Bréfritari: Klemens Björnsson
Viðtakandi: Jón Borgfirðings Jónsson
Dagsetning: A-1857-01-10
Skrifað á: Ferstiklu  Borg.

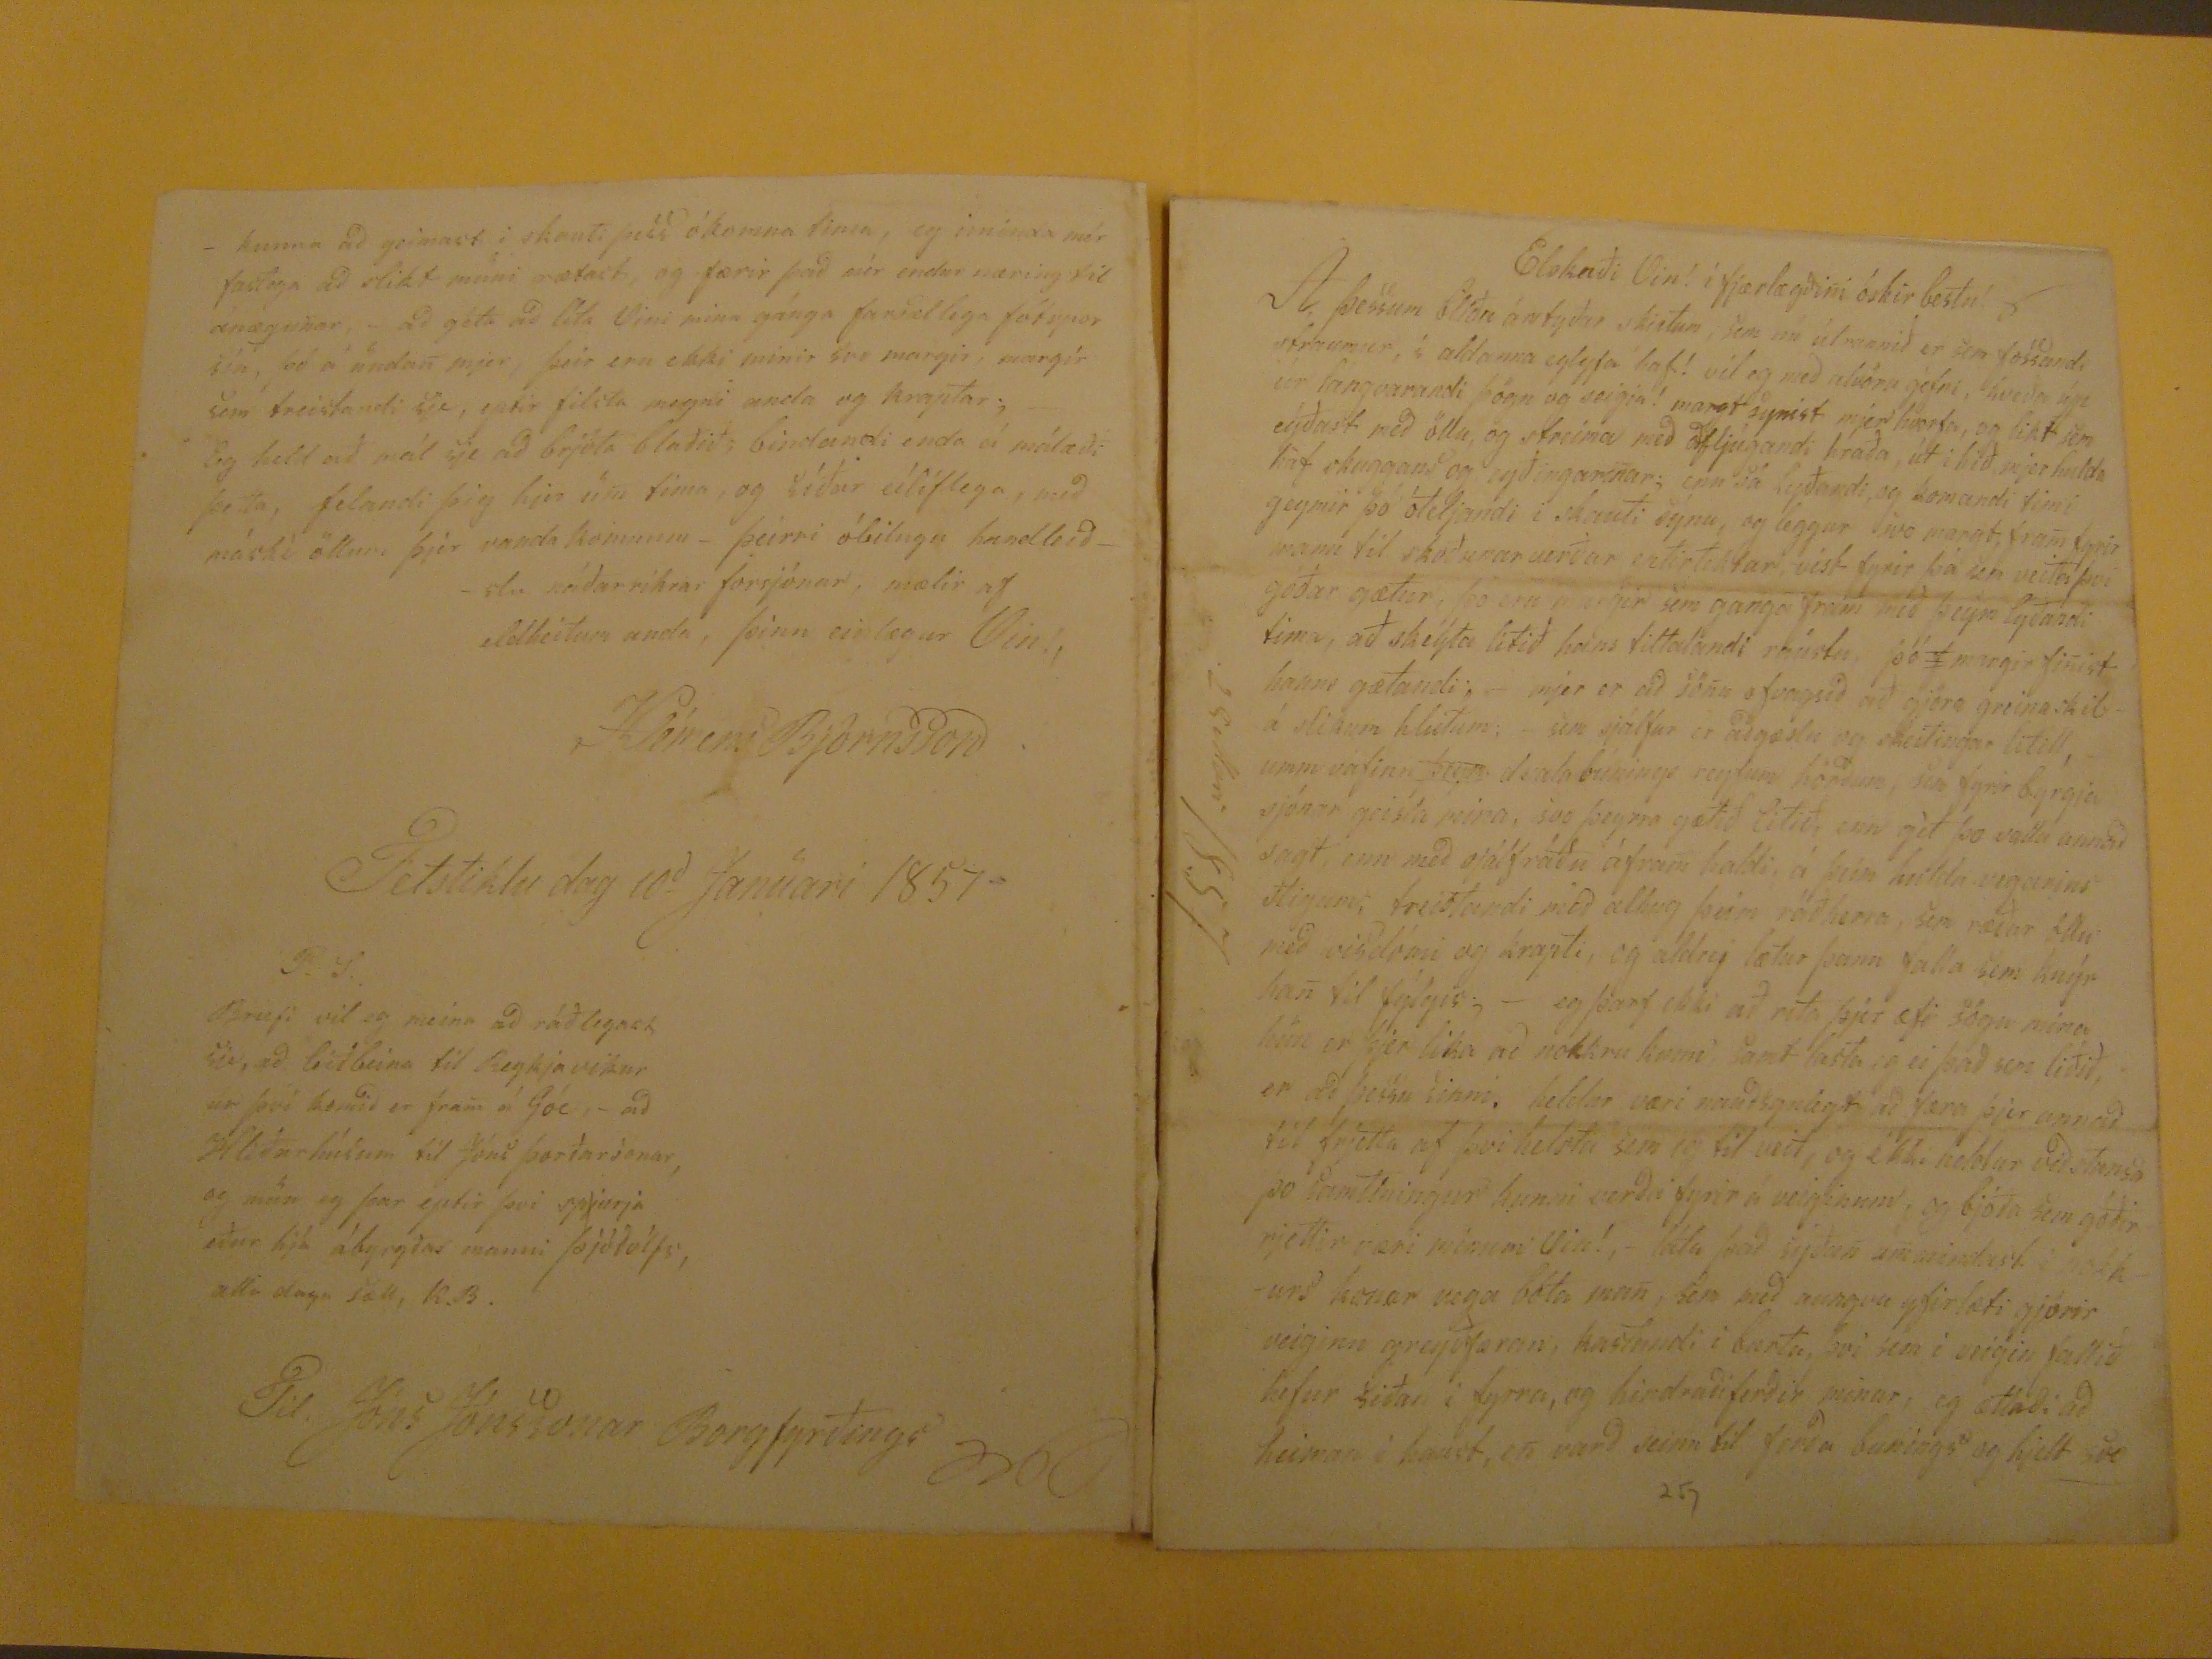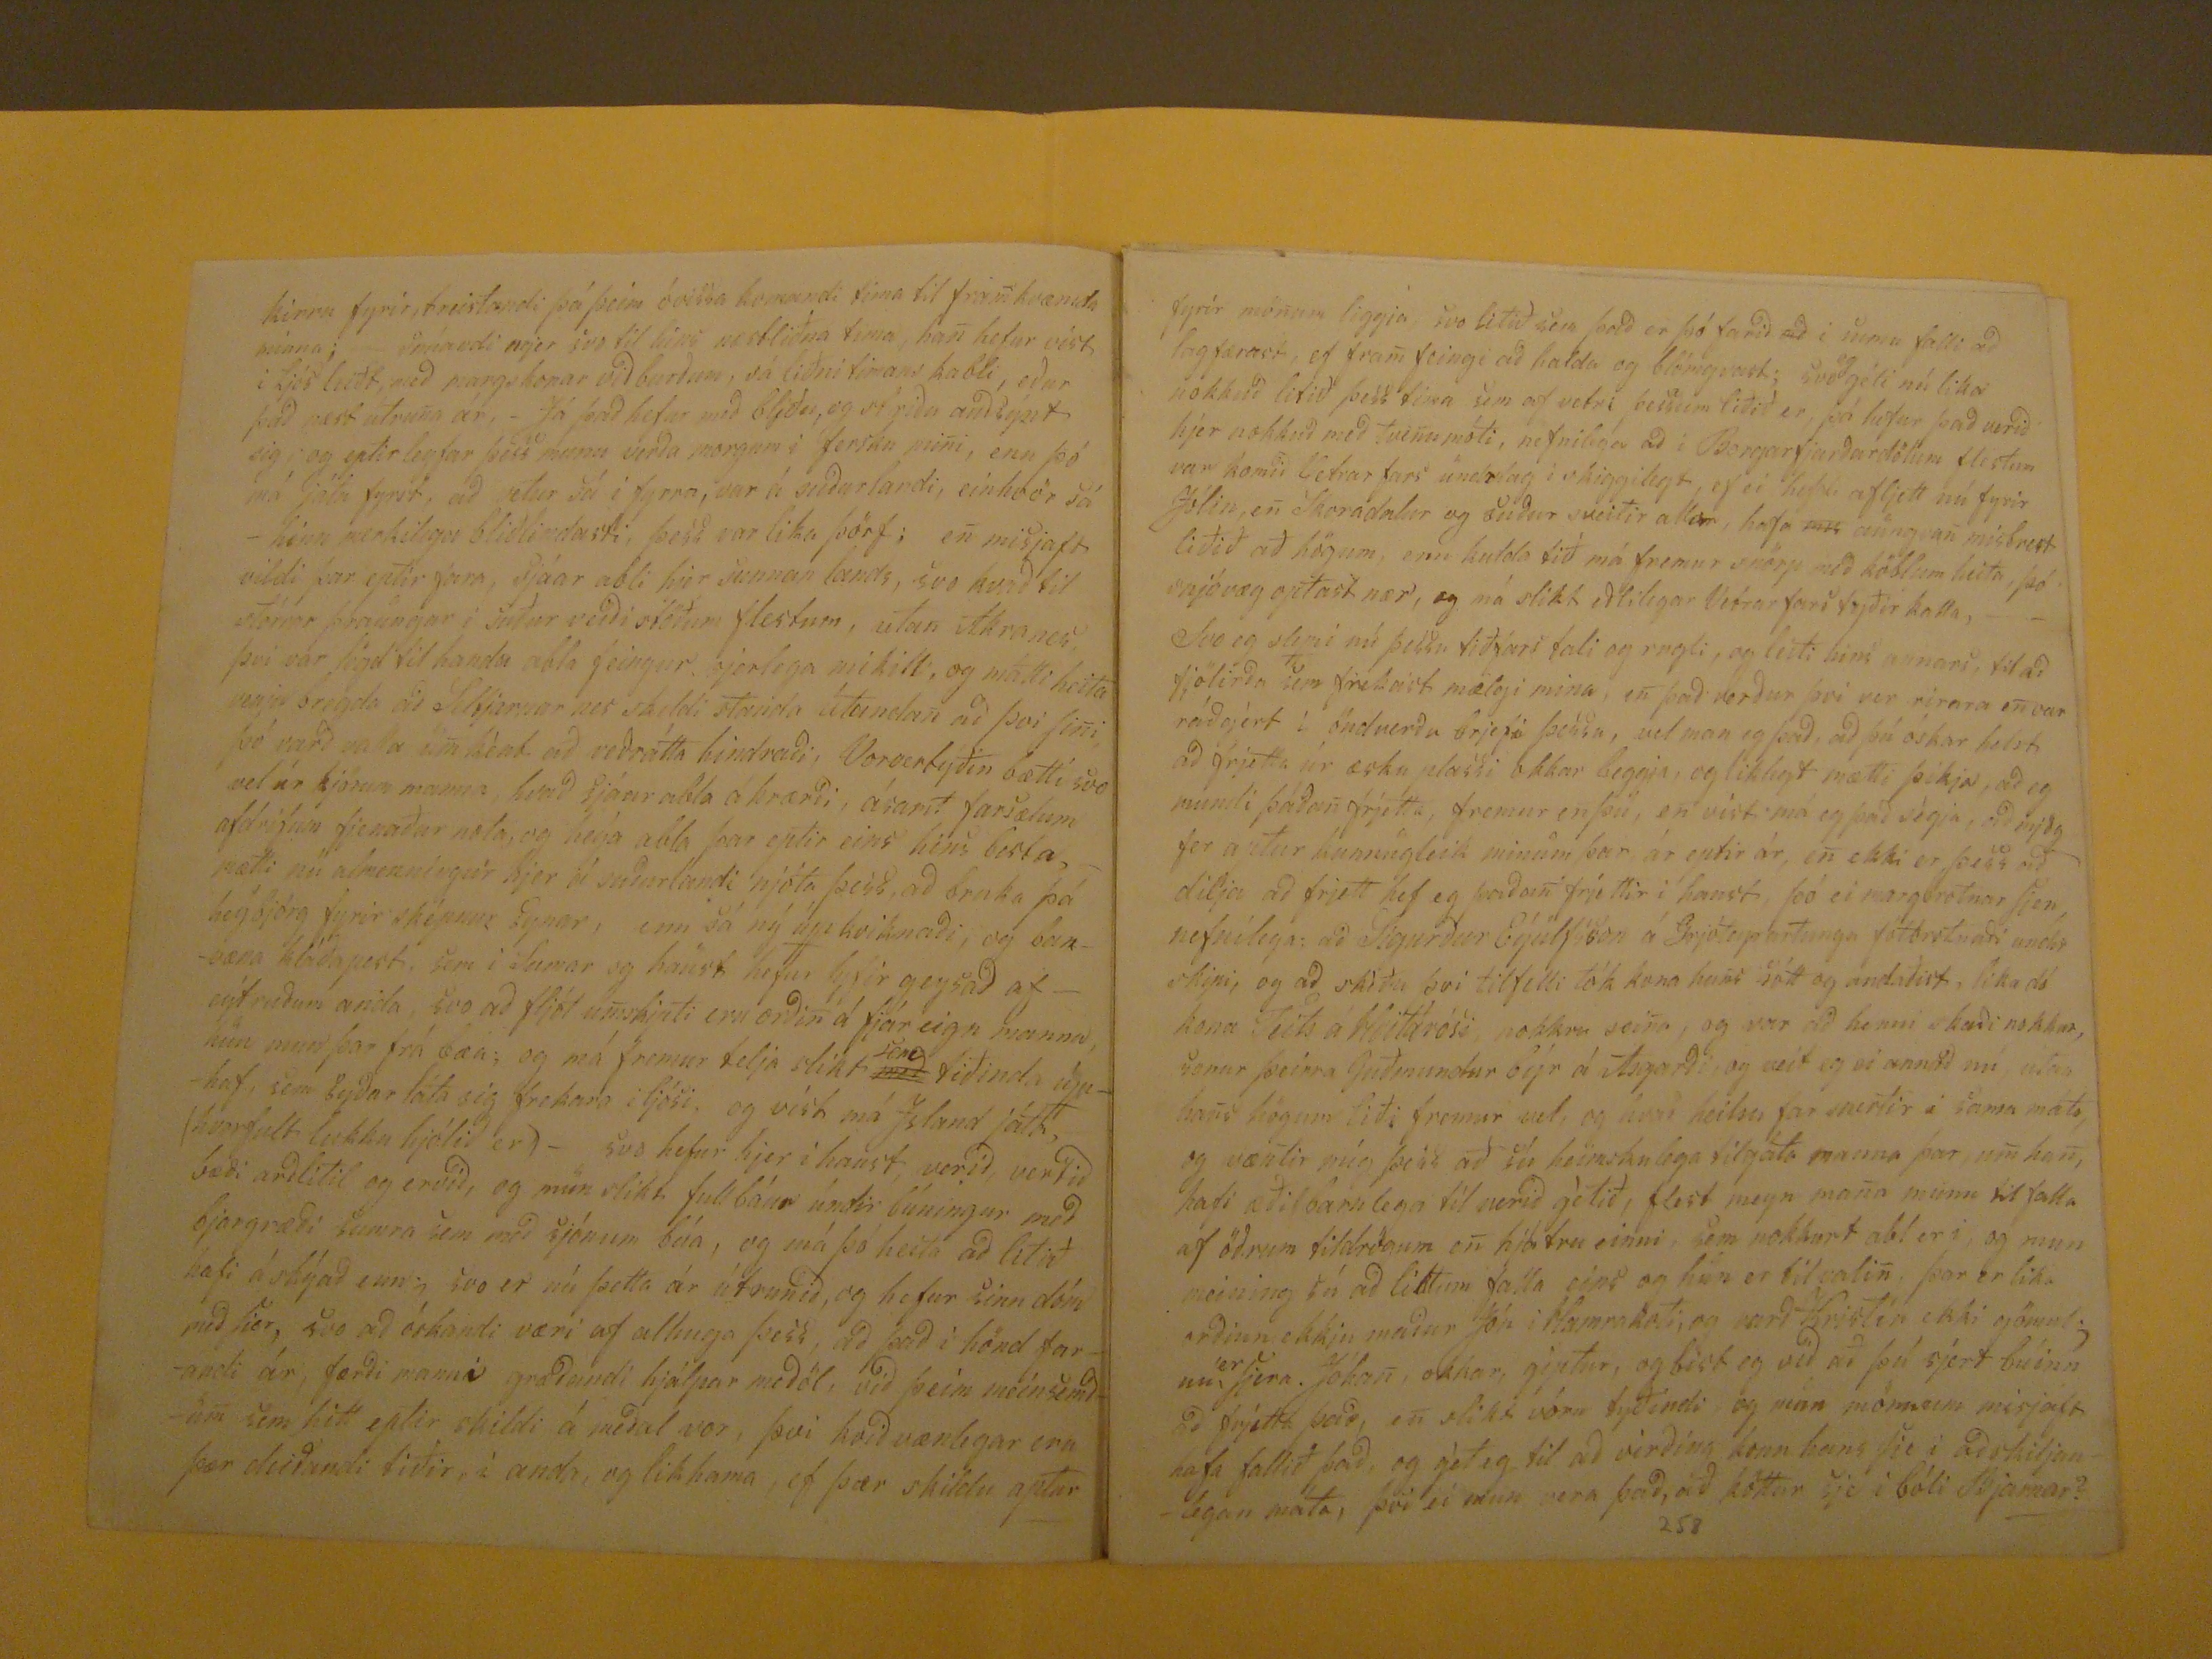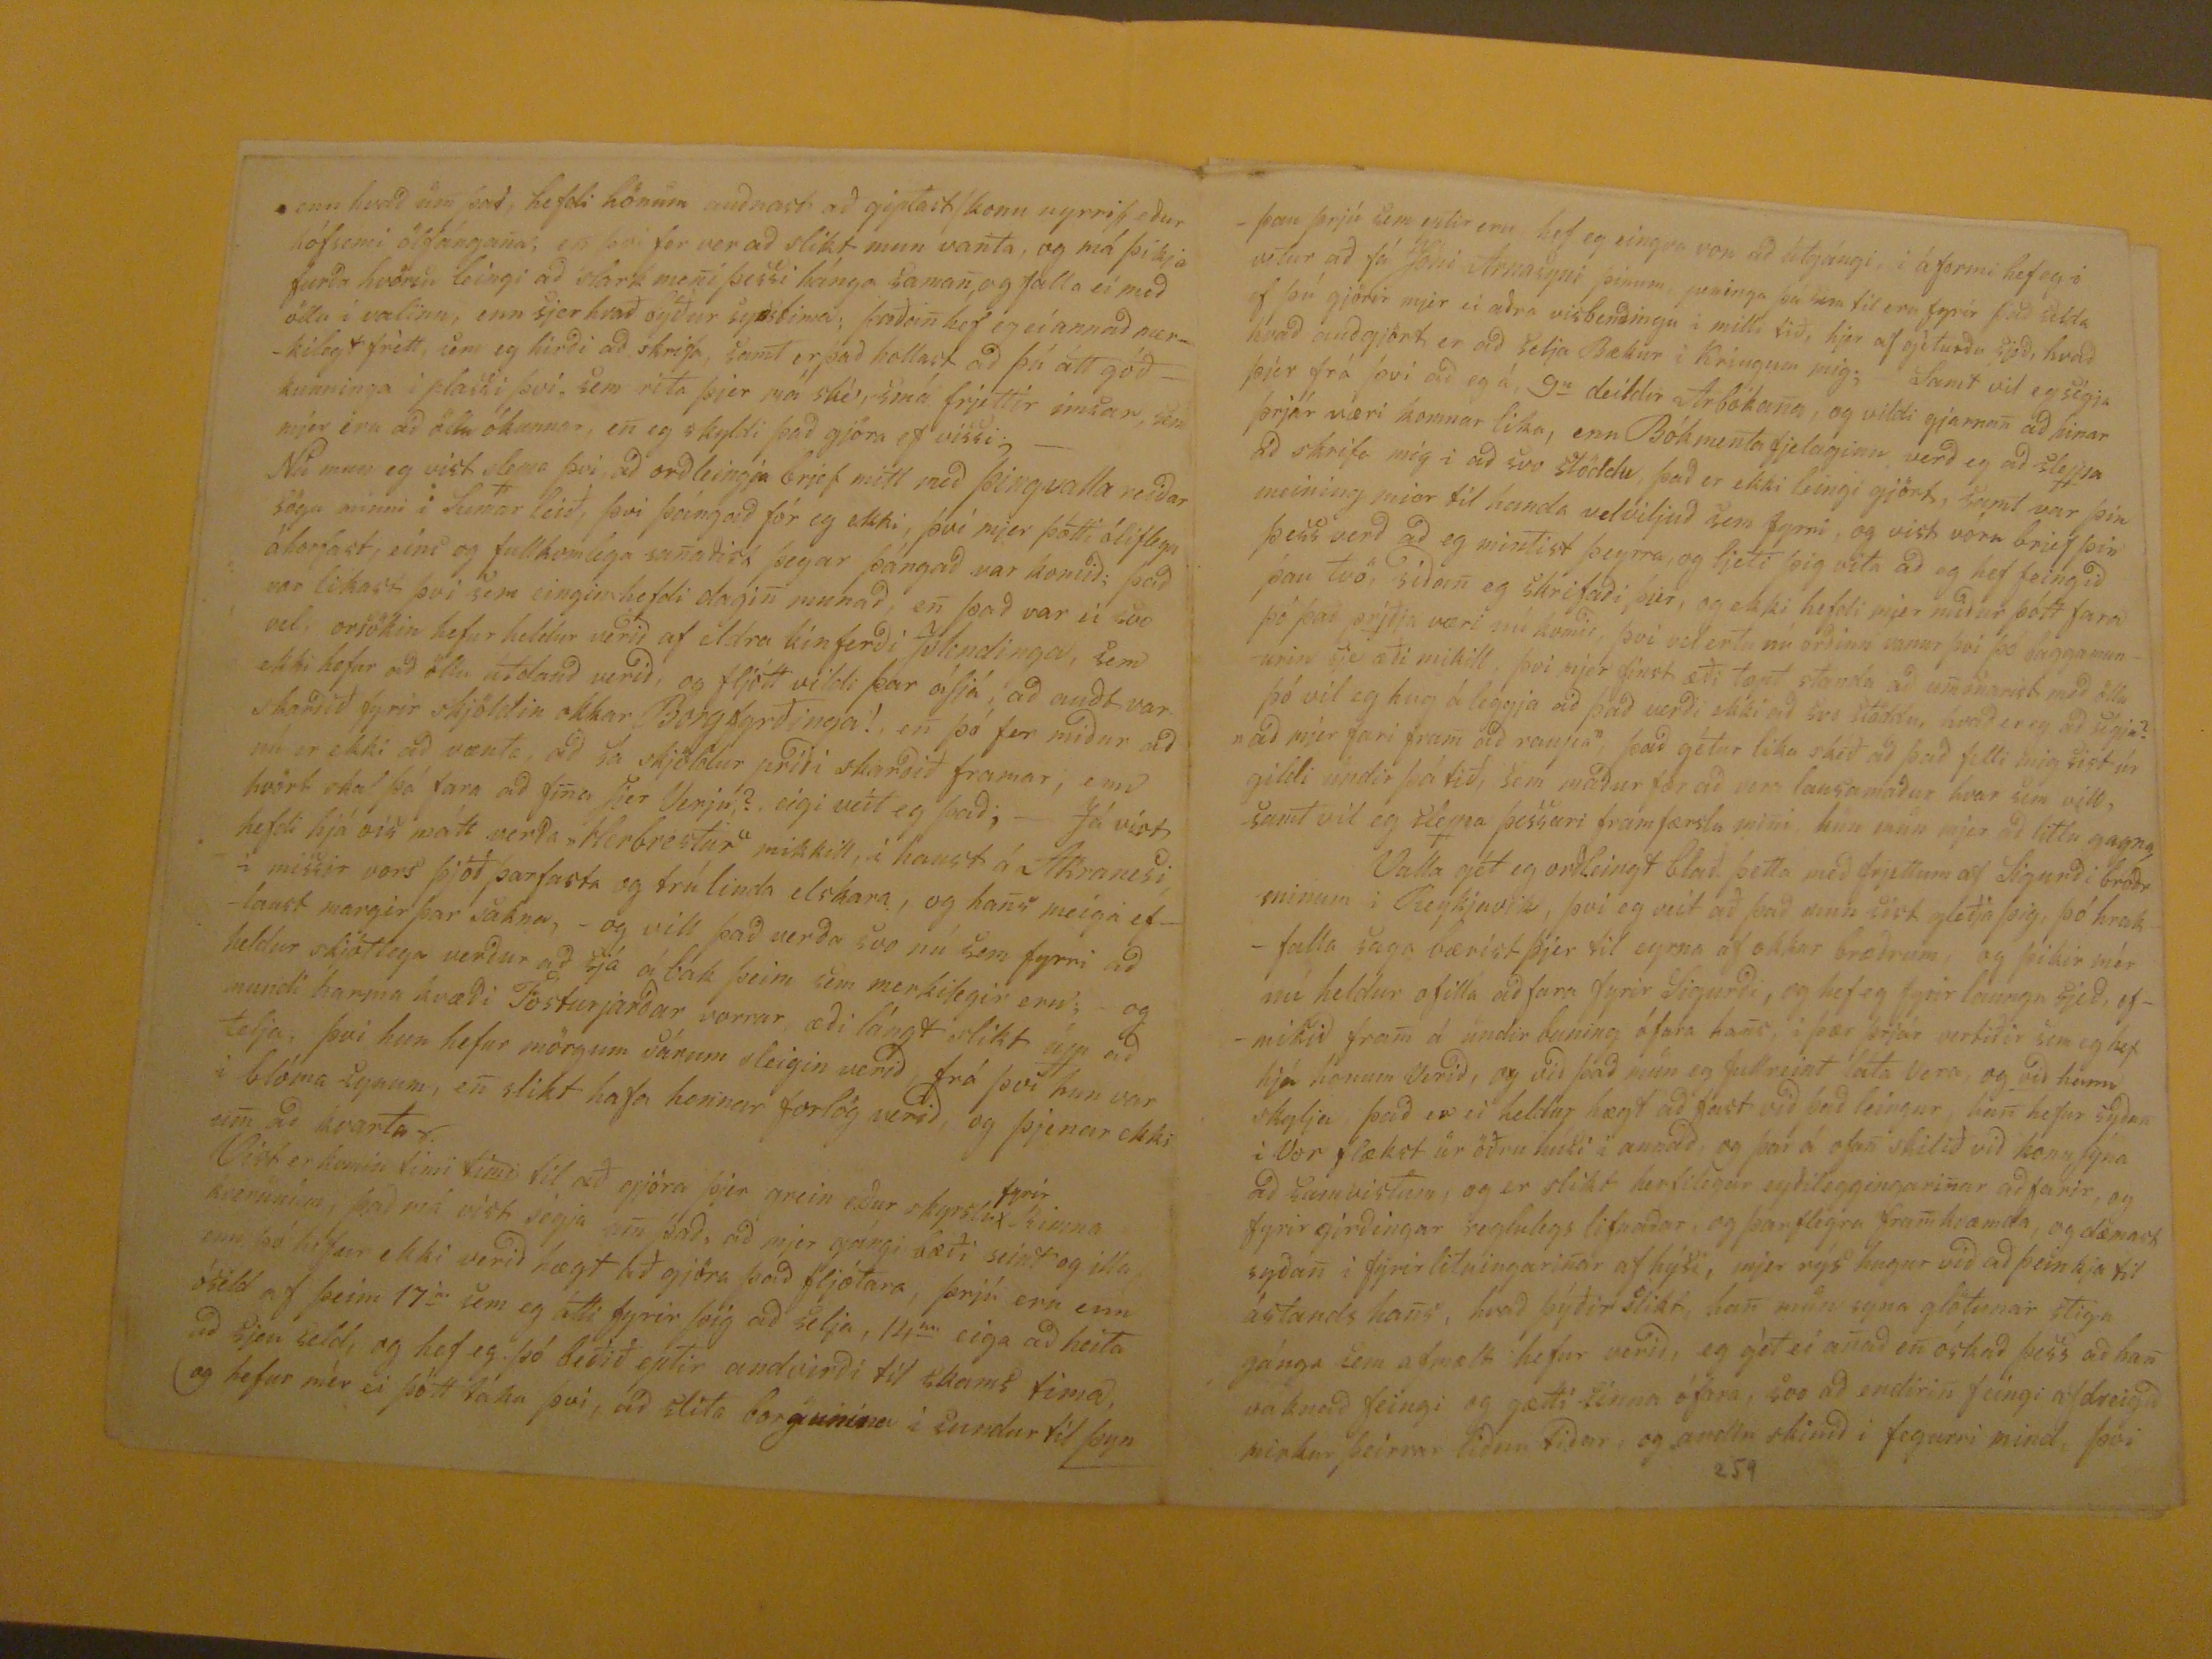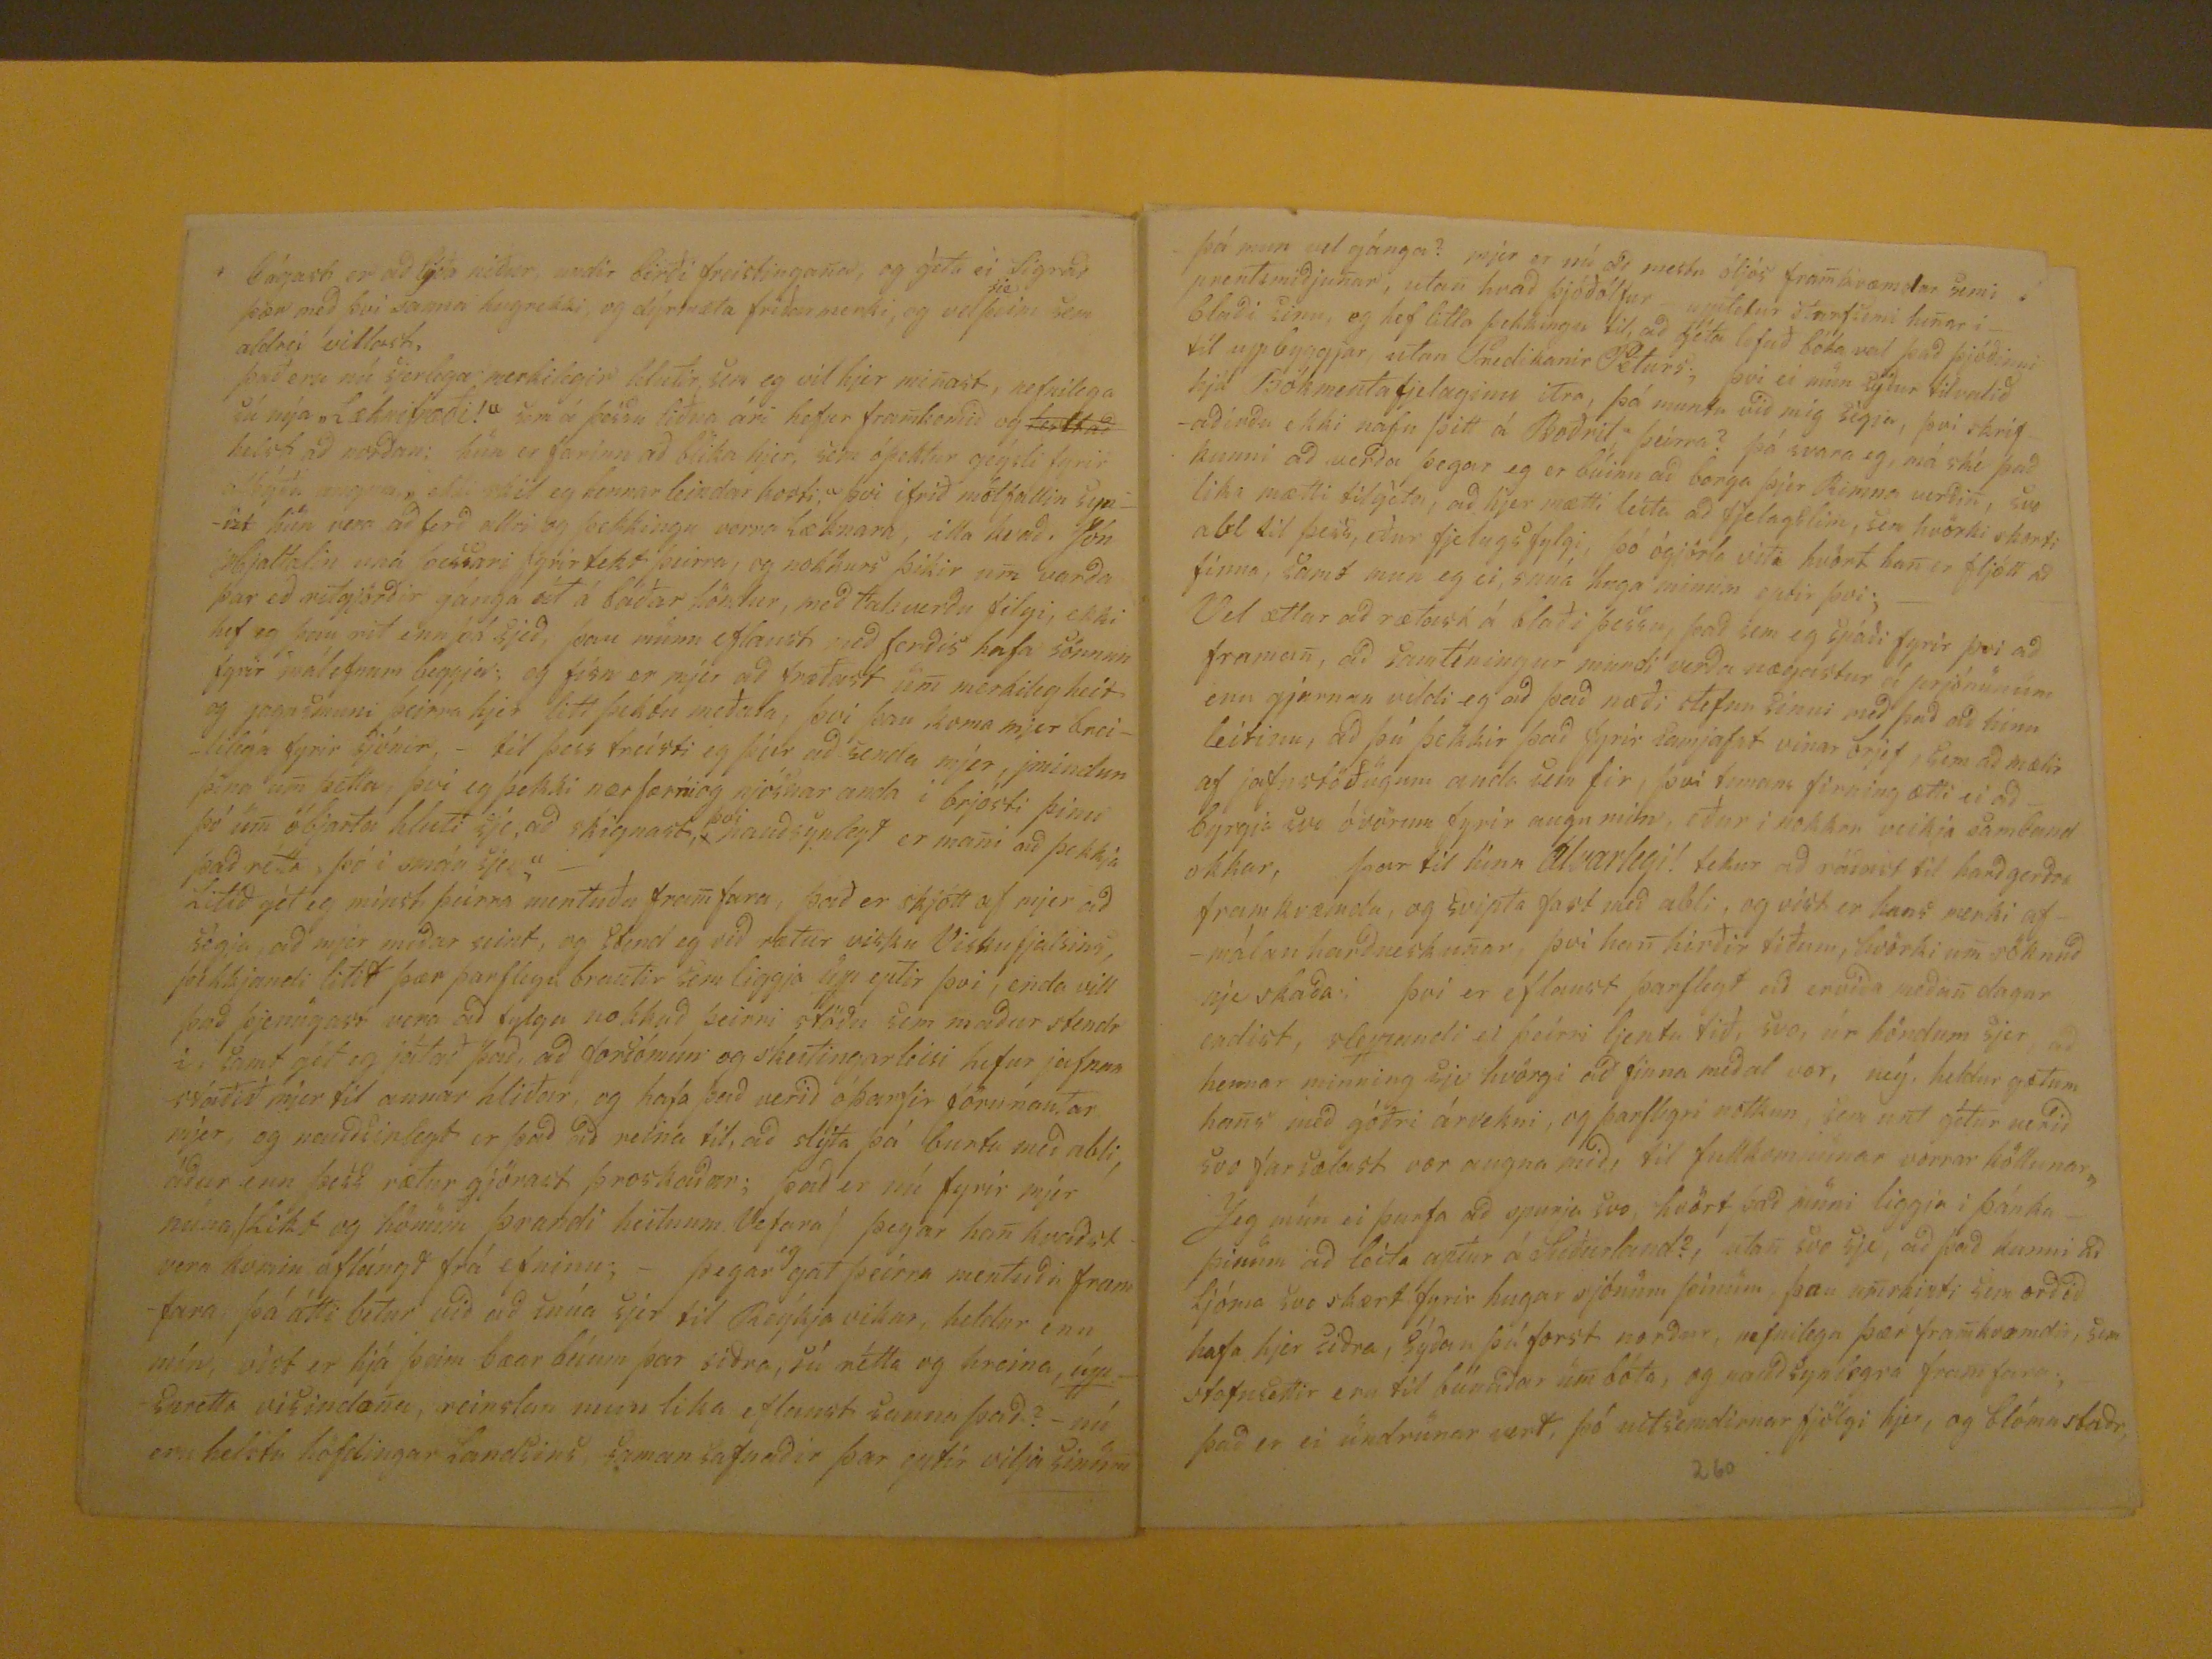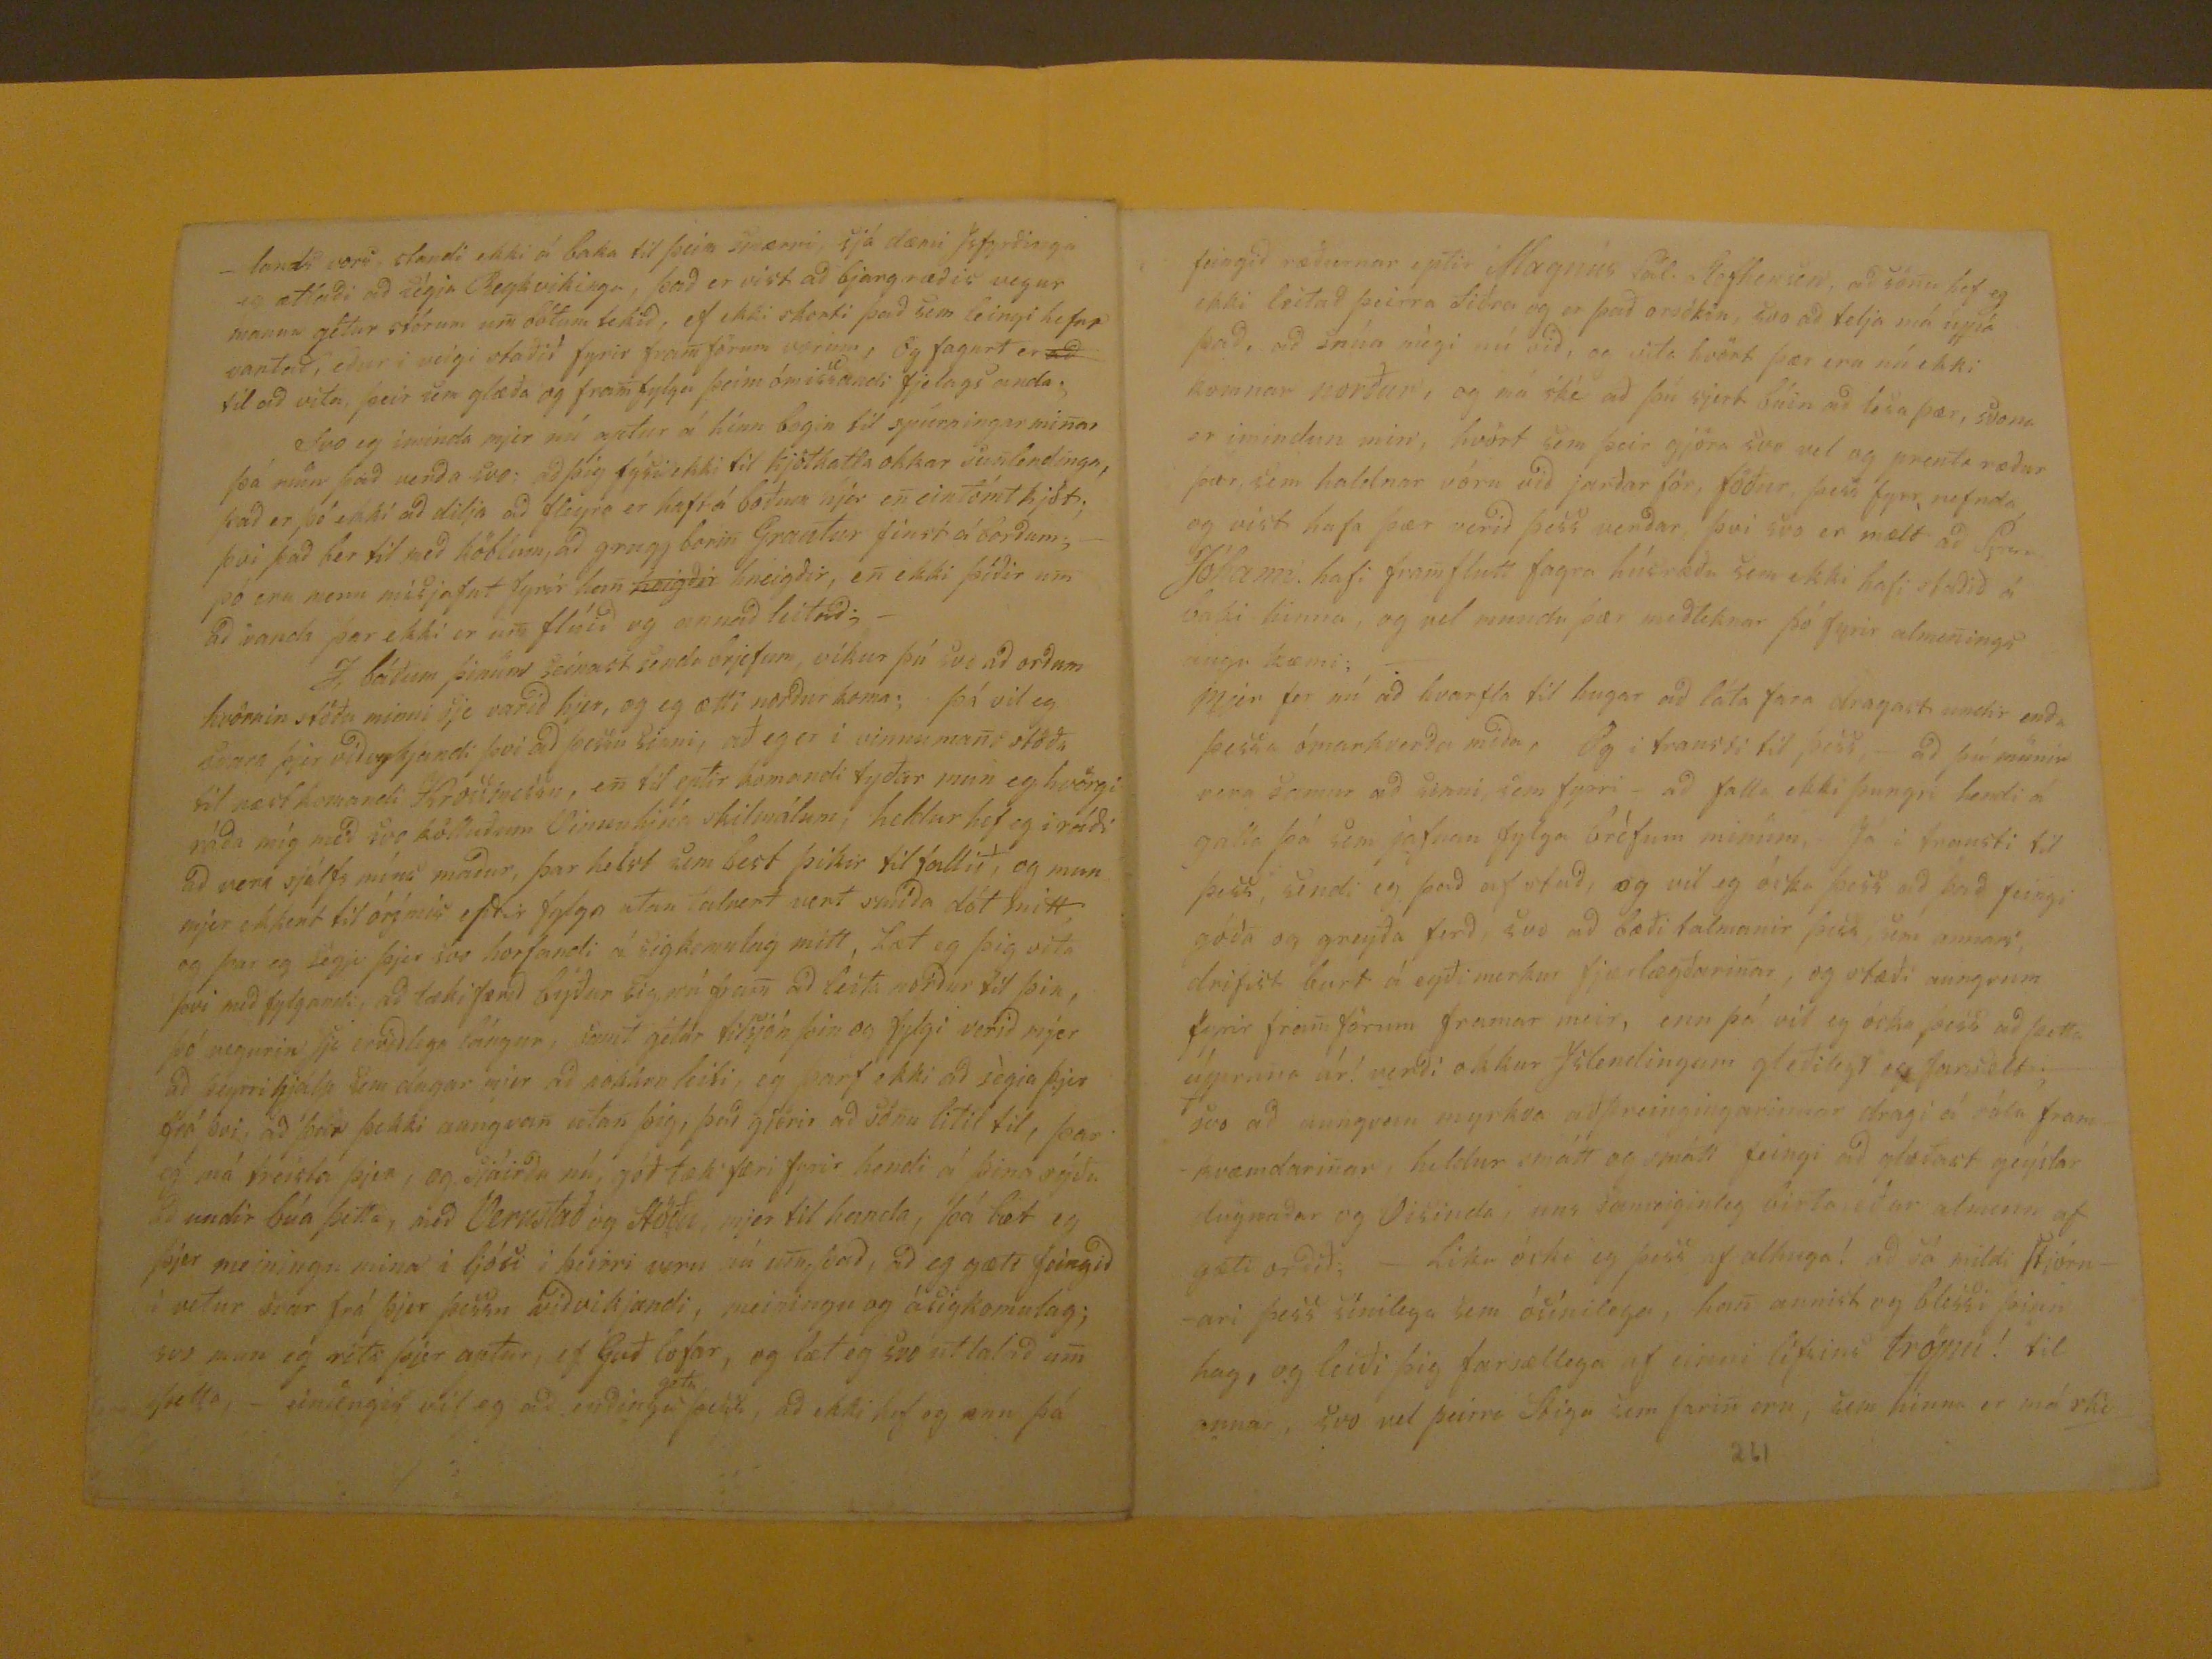

Elskaði Vin! í fjærlægðini óskir bestu!
Á þessum blíðu ártyðar skiptum, sem nú útrunnið er sem fossandi straumur, í aldanna eylyfa haf! vil eg með alvöru gefni, hveða upp úr langvarandi þögn og seigir! margt synist mjer hvorfa, og likt sem eýðast með öllu, og streima með
ofljúgandi
hraða, út i hið mjer hulda haf skuggans og eyðingarinar; enn sá lyðandi, og komandi timi geymir þó geymir þó óteljandi i skauti sýnu, og leggur svo margt, fram fyrir mann til skoðunar verðar eptirtektar, víst fyrir þá sem veita þvi góðar gætur, þó eru margir sem ganga fram með þeym lyðandi tima, að skeýta litið hans tittalandi raustu, þó
f
margir finist hanns gætandi;- mjer er að sönu ofvagsið að gjöra greinaskil á slikum hlutum; sem sjálfur er aðgæslu og skeitingar litill, umm vafinn
þeym
dvalabúnings reytum hönðum, sem fyrir byrgja sjónar geisla mina, svo þeyrra gætið litið, enn gét þo valla annað sagt, enn með sjálfráðu áfram haldi, á þeim hulda vegarins stigum, treistandi með alhug þeim ráðherra, sem ræður öllu með visdómi og krapti, og aldrej lætur þann falla sem knýr han til fylgis;- eg þarf ekki að rita þjer æfi sögu mina hún er þjer lika að nokkru
kumi
, samt lasta eg ei það sem liðið, er að þessu sinni. heldur væri nauðsynlegt að færa þjer annað til frjetta af þvi helstu sem eg til veit, og ekki heldur við stansa þó samtíningur kunni verða fyrir á veiginum og bjóða sem góðir rjettir væri minum Vin!,- láta það sýðan ummindast i nokkurs konar vega bóta man, sem með aungvu yfirlæti gjörir veiginn greyðfæran, hastandi i burtu, þvi sem i veigin fallið hefur siðan i fyrra, og hindraðiferðir minar, eg ætlaði að heiman i haust, en varð seinn til ferða bunings og hjelt svo
28
Mars
1857
kirru fyrir, treistandi þá þeim óvissa komandi tima til framkvæmda
miana
; snúandi mjer svo til hins næstliðna tima, han hefur víst í ljós leiðt, með margskonar við burðum, sá liðni timans kabli, eður það næst útruna ár, - Já það hefur með bljðu, og striðu auðsýnt sig og eptir leyfar þess munu verða morgum i
forsun
mini, enn þó má játa fyrst, að vetur sá i fyrra, var á suðurlandi, einhvöre sá - hinn merkilega bliðlindasti, þess var lika þörf; en misjaft vildi þar eptir fara, sjáar abli hjer sunnan lands, svo kvað til stórrar þraungar i suður veiði stöðum flestum, utan Akranes, þvi var lögd til handa abla geingur sjerlega mikill, og mátti heita
venju bregda
að Seltjarnarnes skildi standa útundan að þvi sini þó varð valla um ként að veðrátta hindraði, Vorvertyðin bætti svo vel úr kjörum manns, hvað sjáarabla áhrærði, ásamt farsælum afdrifum fjenaðiur næta, og helja abla þar eptir eins hins best,- mætti nú almennlegur hjer á suðurlandi njóta þess, að braka þá heybjörg fyrir skepnur synar, enn sá ný uppkvikvaði, og banvæna kláðapest sem i Sumar og haust hefur yfir geysað af eytruðum anda, svo fljót umskipti eru orðin á fjáreign manna, hun mun þar frá bæa; og má fremur telja slikt
með
sem
tiðinda upp - (hverfult lukku hjólið er)- svo hefur hjer i haust, verið, vertið bæði arðlitil og ervið, og mun slikt fullbána undir búningur með bjargræði sumra sem með sjónum búa, og má þó hesta að litið hafi á skýað enn; svo er nú þetta ár útrunið, og hefur sinn dóm með sier, svo að óskandi væri af alhuga þess, að það i hönd farandi ár, færði manni græðandi hjálpar meðöl, við þeim meinsemðum sem hitt eptir skildi á meðal vor, þvi kviðvænlegar eru þær deiðandi tiðir, í anda, og likhama, ef þær skildu aptur
fyrir mönum liggja, svo litið sem það er þó farið
að
i
nimu
falli að lagfærast, ef fram feingi að halda og blómgvast; svo géti nú lika nokkuð litið þess tima sem af vetri þessum liðiðer, þá hefur það verið hjer nokkuð með tvenu móti, nefnilega að i Borgarfjarðardölum flestum var komið Vetrar fars undilag i skiggilegt, ef ei hefdi afjett nú fyrir Jólin, en Skoradalur og suður sveitir allar, hafa
mu
aungvan misbrest liðið að högum, enn hulda hið má fremur snörp með köblum heita, þó snjóvæg optast nær, og má slikt eðlilegar Vetrarfarstyðir kalla, - - Svo eg sleppi nú þesus tiðfars tali og rugli, og leiti hins annars, til að fjölirða sem frekast mælgi mina, en það verður þvi ver rirara en var ráðgért i öndverðu brjefi þessu, vel man eg það, að þú óskar helst að frjetta úr æsku plássi okkar beggja, og liklegt mætti þikja, að eg mundi þaðan frjetta, fremur enþú, en vist má eg það segja, að mjög fer aptur kunnugleik minum þar, ár eptir ár, en ekki er þess að dilja að frjett hef eg þaðan frjettir i haust, þó ei margbrotnar sjeu, nefnilega: að Sigurður Eýúlfsson á
Grjótapartungu
fótbrotnaði undir skipi, og að skéðu þvi tilfelli tók kona hans sótt og andaðist, lika dó kona Teits á Heitarósi, nokkru seina, og var að henni skaði nokkur, sonur þeirra Guðmundur býr á Ásgarði og veit eg ei annað nú, utan
haris
högum liðið fremur vel, og
hvað
heilsu far snertir á sama máta, og væntir nú þess að sú heimskulega tilgáta manna þar, um han, hafi æði barnlega til verið gétið, flest megn mana munu til falla af öðrum tildrögum en hjátru einni, sem nokkurt abl eri, og mun meining sú að littum falla eins og hun er til valin, þar er lika orðinn ekkju maður Jón i Hamrakoti, og varð Kristin ekki gömul; nu
er
sjera. Jóhan, okkar, giptur, og bist eg við að þú sjert búinn að frjetta það, en slikt vóru tyðindi og mun mönnum misjaft hafa fallið það, og gét eg til að virðing konu hans sje i aðskiljanlegan máta, þvi ei mun vera það, að köttur sje i bóli Bjarnar?
enn hvað um það, hefdi hönum auðnast að giptast /konu nyrri/ eður hófsemi ölfángana, en þvi fer ver að slikt mun vanta, og má þikja furða
hvörsu
leingi að stark meni þessi hánga saman, og falla ein með öllu i valinn, enn sjer kvað býður
sy?sbima
; þaðan hef eg ei annað merkilegt frétt, sem eg hirði að skrifa, samt er það hollast að þú átt góðkunninga i plassi þvi, sem rita þjer má ské, smá frjettir smaar, sem mjer eru að öllu ókunnar, en eg skyldi það gjöra ef visis;- Nú mun eg vist sleppa þvi, að orðleingja brjef mitt með Þingvalla reiðar sögu minni i Sumar leið, þvi þángað fór eg ekki, því mjer þótti óliflega áhorfast, eins og fullkomlega sanaðist þegar þángað var komið; það var likast þvi sem eingin hefdi dagin munað, en það var ei svo vel, orsökin hefur heldur verið af eldra kinferði Islendinga, sem ekki hefur að öllu útdauð verið, og fljótt vildi þar ásjá, að auðt var skarðið fyrir skjöldin okkar Borgfyrðinga! en þó fer miður að nú er ekki að vænta, að sá skjöldur príði skarðið framar, enn hvört skal þá fara að fina sjer Verju? eigi veit eg það; - Já víst hefdi hjá oss mátt verða "Horbrestur" mikkill, í haust á Akranesi, i missir vors þjóð þarfasta og trúlinda elskara, og hans meiga eflaust margir þar sakna, -og vill það verða svo nú sem fyrri að heldur skjótlega verður að sjá á bák þeim sem merkilegir eru; og mundi harma kvæði Fósturjarðar vorrar æði lángt slikt upp að telja, þvi hun hefur mörgum sárum sleigin verið , frá þvi hun var i blóma synum, en slikt hafa hennar forlög verið, og þjenar ekki um að kvarta. Vist er komin timi
timi
til að gjöra þjer grein eður skyrslu
fyrir
Rimna kverunum, það má vist segja um það, að mjer gángi bæði seint og illa enn þó hefur ekki verið hægt að gjöra það fljótara, þrjú eru enn óseld af þeim 17
a
sem eg átti fyrir þig að selja, 14
un
eiga að heita að sjeu seld, og hef eg þó beðið eptir andviðri til skams tima, og hefur mér ei þótt taka þvi, að slita borgunina i sundur til þyn
-þau þrjú sem eptir eru hef eg eingva von að útgángi, i áformi hef eg i vetur að fá Jóni Arnasyni þinum, peninga þúá sem til eru fyrir það selda ef þú gjörir mjer ei aðra visbenðingu i milli tið, hjer af géturðu sjeð, hvað kvað auðgjört er að selja Bækur i Kringum mig; Samt vil eg segja þjer frá þvi að eg á, 9
u
deildir Arbókana, og vildi gjarnan að hinar þrjár væri komnar lika, enn Bókmentafjelaginu verð eg að sleppa meining
mjor
til handa velviljuð sem fyrri, og vist vóru brjef þin þess verð að eg mintist þeyrra, og ljeti þig vita að eg hef feingið þau tvö, siðan eg skrifaði þjer, og ekki hefdi mjer miður þótt fara þó það þriðja væri nú komið, þvi vel ertu nú orðinn vanur þvi þó baggamunurin sje æði mikill, þvi mjer finst æði tæpt standa að
umsnarist
með öllu þó vil eg hug á leggja að það verði ekki að svo stöddu, hvað er eg að segja? " að mjer fari fram að raupa", það gétur lika skeð að það felli mig sist úr gildi undir þá tið, sem maður fær að vera lausamaður hvar sem vill, samt vil eg sleppa þessari framfærslu mini, hún mun mjer að litlu gagna, Valla gét eg orðleingt blað þetta með frjettum af Sigurði broðr minum i REykjavik, þvi eg veit að það mun sist gleðja þig, þó hrakfalla saga bærist þjer til eyrna af okkar bræðrum, og þikir mér nú heldur ofilla að fara fyrir Sigurði, og hef eg fyrir laungu sjeð, ofmikið fram á undir buning áfara hans, i þær þrjár vertiðir sem eg hef hjá honum Verið, og við það mun eg fullreint láta vera, og við hann skylja það er ei heldur hægt að fast við það elingur han hefur syðan i Vor flækst úr öðru husi i annað, og þar á ofan skilið við konu syna að samvistum, og er slikt herfilegur eyðileggingarinar aðfarir, og fyrir girðingar reglulegs lifnaðar, og þarflegra framkvæmda, og dæmast syðan i fyrirlitningarinar af hýsi, mjer rýs hugur við að þeinkja til ástands hans, hvað þýðir slikt, han mun syna glötunar stiga gánga sem afmælt hefur verið, eg gét ei anað en óskað þess að han vaknað feingi og gætti sinna ófara, svo að endirin feingi afdreigið mirkur þeirrar liðnu tiðar, og andin skinið i fegurri mind, þvi
bágast er að lýða niður, undir birði freistingana, og géta ei Sigrað þær með þvi sanna hugrekki, og dýrmæta friðarmerki, og vel
sie
þeim sem aldrei villast. það eru nú sjerlega merkilegir hlutir sem eg vil hjer minast, nefnilega sú nýa "Læknisfræði"! sem á þessu liðna ári hefur framkomið og
hesltað
helst að norðan; hún er farinn að blika hjer, sem óþektur geýsli fyrir alþýðu
angna
, ekki skil eg hennar leindar kosti, þvi ifrið mótfallin synist hún var að ferð allri go þekkingu verra Læknara, illa kvað, Jón Hjaltalin
una
þessari fyrirtekt þeirra, og nokkurs þikir um varða þar eð ritgjörðir gánga út á báðar höndur, með talsverðu filgi, ekki hef eg þeau rit enn þá sjeð, þau munu eflaust með ferðis hafa sönnun fyrir málefnum beggja; og físn er mjer að fræðast um merkileg heit og gagnsmuni þeirra hjer litt þektu meðala, þvi þau koma mjer breotilega fyrir sjónir, - til þess treisti eg þjer að senda mjer, jmindun þina um þetta, þvi eg þekki nær færniog njósnar anda i brjósti þinu þó um óbjarta hluti sje, að skignast,
þvi
nauðsynlegt er mani að þekkja það rétta, þó i smáu sje," - Litið gét eg mínst þeirra mentuðu framfara, það er skjótt af mjer að segja, að mjer meðar seint, og stend eg við rætur visku Viskufjalsins, þekkjandi litið þær þarflega brautir sem liggja upp eptir þvi, enda vill það þjenugast vera að fylga nokkuð seinni stöðu sem maður stendr i, samt gét eg játað það, að foriómur og skeitingarleisi hefur jafnan staðið mjer til annar hliðar, og hafa þeð verið óþarfir förunautar mjer, og nauðsinlegt er það að meina til, að slyta þá burtu með abli, áður enn þess rætur gjörast þroskaðar; það er nú fyrir mjer núna slikt og hönum þrandi heitnum Vefara/ þegar han kvaðst vera komin áflangð frá efninu;- þegar
eg
gat þeirra mentuði framfara þá átti betur við að snúa sjer til Reýkjavíkur, heur enn mín, víst er hjá þeim bæarbúum þar siðra, sú rétta og hreina, uppspretta visindana, reinslan mun lika eflaust sanna það? -nú eru helstu hofdingar landsins saman safnaðir þar eptir vilja sinum
þá mun vel gánga? mjer er nú að mestu óljós framkvæmdar semi prentsmiðjunar, utan hvað þjóðólfur umtelur starfsemi henar i blaði sinu, eg hef litla þekkingu til, að géta lofað bóka val það þjóðinni til uppbyggjar utan Predikanir Peturs; þvi ei mun sýður til valið hjá Bókmentafjelaginu itra, þó muntu við mig sigja, þvi skrifaðirðu ekki nafn þitt á Boðrit þeirra? þó svara eg, má ské það kunni að verða þegar eg er búinn að borga þjer Rimna verðin, svo lika mætti tilgéta, að hjer mætti leita að fjelagslim, sem hvörki skorti abl til þess, eður fjelagsfylgi, þó ógjörla vita hvört han er fljótt að finna, samt mun eg ei snúa huga minum eptir þvi; - Vel ætlar að rætast á blaði þessu, það sem eg spáði fyrir þvi að framan, að samtíningur mundi verða nægastur á prjónunum enn gjarnan vildi eg að það næti stefnu sinnimeð það að hinu leitinu, að þú þekkir það fyrir samjaft vinar brjef, sem að mælir af jafnstöðugum anda sem fir, þvi timans firning ætti ei að byrja svo óvörum fyrir augu min, eður i nokkru veikja samband okkar, þar til hinn Alvarlegi! tekur að ráðast til harðgerðra framkvæmda, og svipta fast með abli, og vist er hans merki afmálanharðneskunar þvi han hirðir tiðum, hvörki um söknuð nje skaða, þvi er eflaust þarflegt að erviða meðan dagar endist, sleppandi ei þeirri ljentu tið, svo, úr höndum sjer að hennar minning sje hvörgi að finna meðal vor,
neý
, heldur gætum hans með góðri árvekni, og þarflegri notkun sem unt gétur verið svo farsælast vær augna mið, til fullkomnunar vorrar köllunar, Jeg mun ei þurfa að spurja svo, hvört það muni liggja i þánka þinum að leita aptur á Suðurland?, utan svo sje, að það kunni að ljóma svo skært fyrir hugar sjónum þinum, þau
uriskipti
sem orðið hafa hjer siðra, sýðan þú forst norður, nefnielga þær framkvæmdir, sem stofnsettir eru til búnaðar um bóta, og nauðsynlegra framfara; það er ein undrunar vert, þó nitsemdirnar fjölgi hjer, og blómastaðr,
-lands vors standi ekki á baka til þeim smærri, sjá dæmi Isfyrðinga eg ætlaði að ségja Reykvikinga, það er vist að bjargræðis vegur manna gétur storum um bótum tekið, ef ekki skorti það sem leingi hefur vantar, eður i veigi staðið fyrir framförum vorum, Og fagur er
að
til að vita, þeir sem glæða og framfylga þeim ómissandi fjelags anda; Svo eg iminda mjer nú aptur á hinn bogin til spurningarminar þá mun það verða svo; að þig fýsi ekki til kjötkatla okkar sunlendinga, það er þó ekki að dilja að fleyra er haftá boðum hjer en eintómt kjöt; þvi það fer til með köblum, að grugg borin Grautur finst á borðum; þó eru menn misjafnt fyrir han
heigðir
hneigðir, en ekki þíðir um að vanda þær ekki er um flúið og annað leitað; - I báðum þinum seinast senda brjefum, víkur þú svo að orðum hvörnin stöðu minni sje varið hjer, og eg ætti norður koma; þá vil eg svara þjer viðvykjandi þvi að þessu sinni, að eg er i vinnumans stöðu til næstkomandi Kossmessu, en til eptir komandi tyðar mun eg hvörgi ráða mig með svo kölluðum Vinnuhjúa skilmálum, heldur hef eg i ráði að vera sjálfs míns maður, þar helst sem best þikir til fallið, og mun mjer ekkert til
órýmis eptir
fylga utan talnert vert smiða dót mitt, og þar eg segji þjer svo horfandi á sigkomulag mitt, læt eg þig vita þvi með fylgjandi, að tækifærið býður sig, nú fram að leifa norður til þin, þó vegurin sje erviðúga lángur, samt gétur tilsjón þin og fylgi verið mjer að þeyrri hjapl sem dagar mjer að nokkru leiti, eg þarf ekki að segja þjer frá þvi, að þeir þekki aungvan utan þig, það gjörir að sönu litil til, þar eg má treista þjer, og sjáirðu nú góð tækifæri fyrir hendi á þina sýðu að undir búa þetta, með Verustað og Stöðu, mjer til handa, þá læt eg þjer meiningu mina i ljósi i þeirri veru ná um það, að eg gæti feingið í vetur svar frá þejr þessu viðvikjandi, meiningu og ásigkomulag; svo mun eg rita þjer aptur, ef Guð lofar, og læt eg svo úttalað um þetta,- einungis vil eg að enðingu
geta
þess, að ekki hef eg enn þá
feingið ræðurnar eptir Magnús Sál. Stefhensen, að sönu hef eg ekki leitað þeirra siðra og er það orsökin, svo að telja má uppá það, að snúa mégi nú við, og vita hvört þær eru nú ekki komnar norður, og má ské að þú sjert búin að lesa þær, svona er imindun min, hvört sem þeir gjöra svo vel og prenta ræður þær, sem haldnar vóru við jarðarför föður þess fyrr nefnda og víst hafa þær verið þess verðar þvi svo er mælt að Sjera Jóhann hafi framflutt fagra húsræðu sem ekki hafi staðið á baki hinna, og vel mundu þær meðteknar þó fyrir almenings augu kæmi; - Mjer fer nú að hvarfla til hugar að láta fara dragast undir enða þessa ómarkverða miða, OG i trausti til þess,- að þú munir vera samur að sinni, sem fyrri- að falla ekki þungri hendi á galla þá sem jafnan fylga brjefum minum, Ja i trausti til þess, sendi eg það af stað, og vil eg óska þess að það feingi góða og greyða ferð, svo að bæði talmanir þess sem annars dreifist burt á eyðimerkur fjærlægðarinar, go stæði aungvum fyrir framförum framar meir, enn þá vil eg óska þess að þetta uppruna ár! verði okkur Islendingum gleðilegt og farsælt; svo að aungvun myrkva aðþreiningarinnar dragi á
sólu
framkvæmdarinar, heldur smátt og smátt fiengi að glæðast geýslar dugnaðar og Visinda, uns
sameiginleg
birta
eður
almenn af gæti orðið; - Lika óska eg þess af alhuga! að sá mildi stjórnari þess sínilega sem ósínilega, han annist og blessi þinn hag, og leiði þig farsællega af einni lifsins tröppu! til annar, svo vel þeirra stigu sem farin eru, sem hinna er má ráð
kunna að geimast i skauti þess ókomna tima, eg iminda mér fastlega að slikt muni rætast og færir það mér endur næring til ánægunar,- að géta að líta Vini mina gánga farsællega fótspor sín, þó á undan mjer, þeir eru ekki mínir svo margir, margir sem treistandi sje, eptir filsta megni anda og kraptar; Eg held að mál sje að brjóta blaðið
s
bindandi enda á málæði þetta, felandi þig hjer um tima, og síður eílíflega, með máské öllum þjer vandakomnum- þeirri óleituga handleiðslu náðarríkrar forsjónar, mælir af eldheitum anda, þinn einlægur Vin!
Klémens Björnsson
Fetstiklu dag 10
d
Janúari 1857
P.S.
Briefi vil eg meina að ráðlegast sje, að leiðbeina til Reykjavikur ur því komið er fram á Góa,- að Hliðarhúsum til Jóns Þorðarsonar, og mun eg þar eptir þvi sp
j
urja eður hjá ábyrgðar manni Þjóðólfs, alla daga sæll, KB.
Til Jón sJónssonar Borgfyrðings